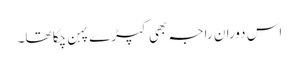
اس دوران راجہ بھی کپڑے پہن چکا تھا۔